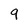
Character: 9